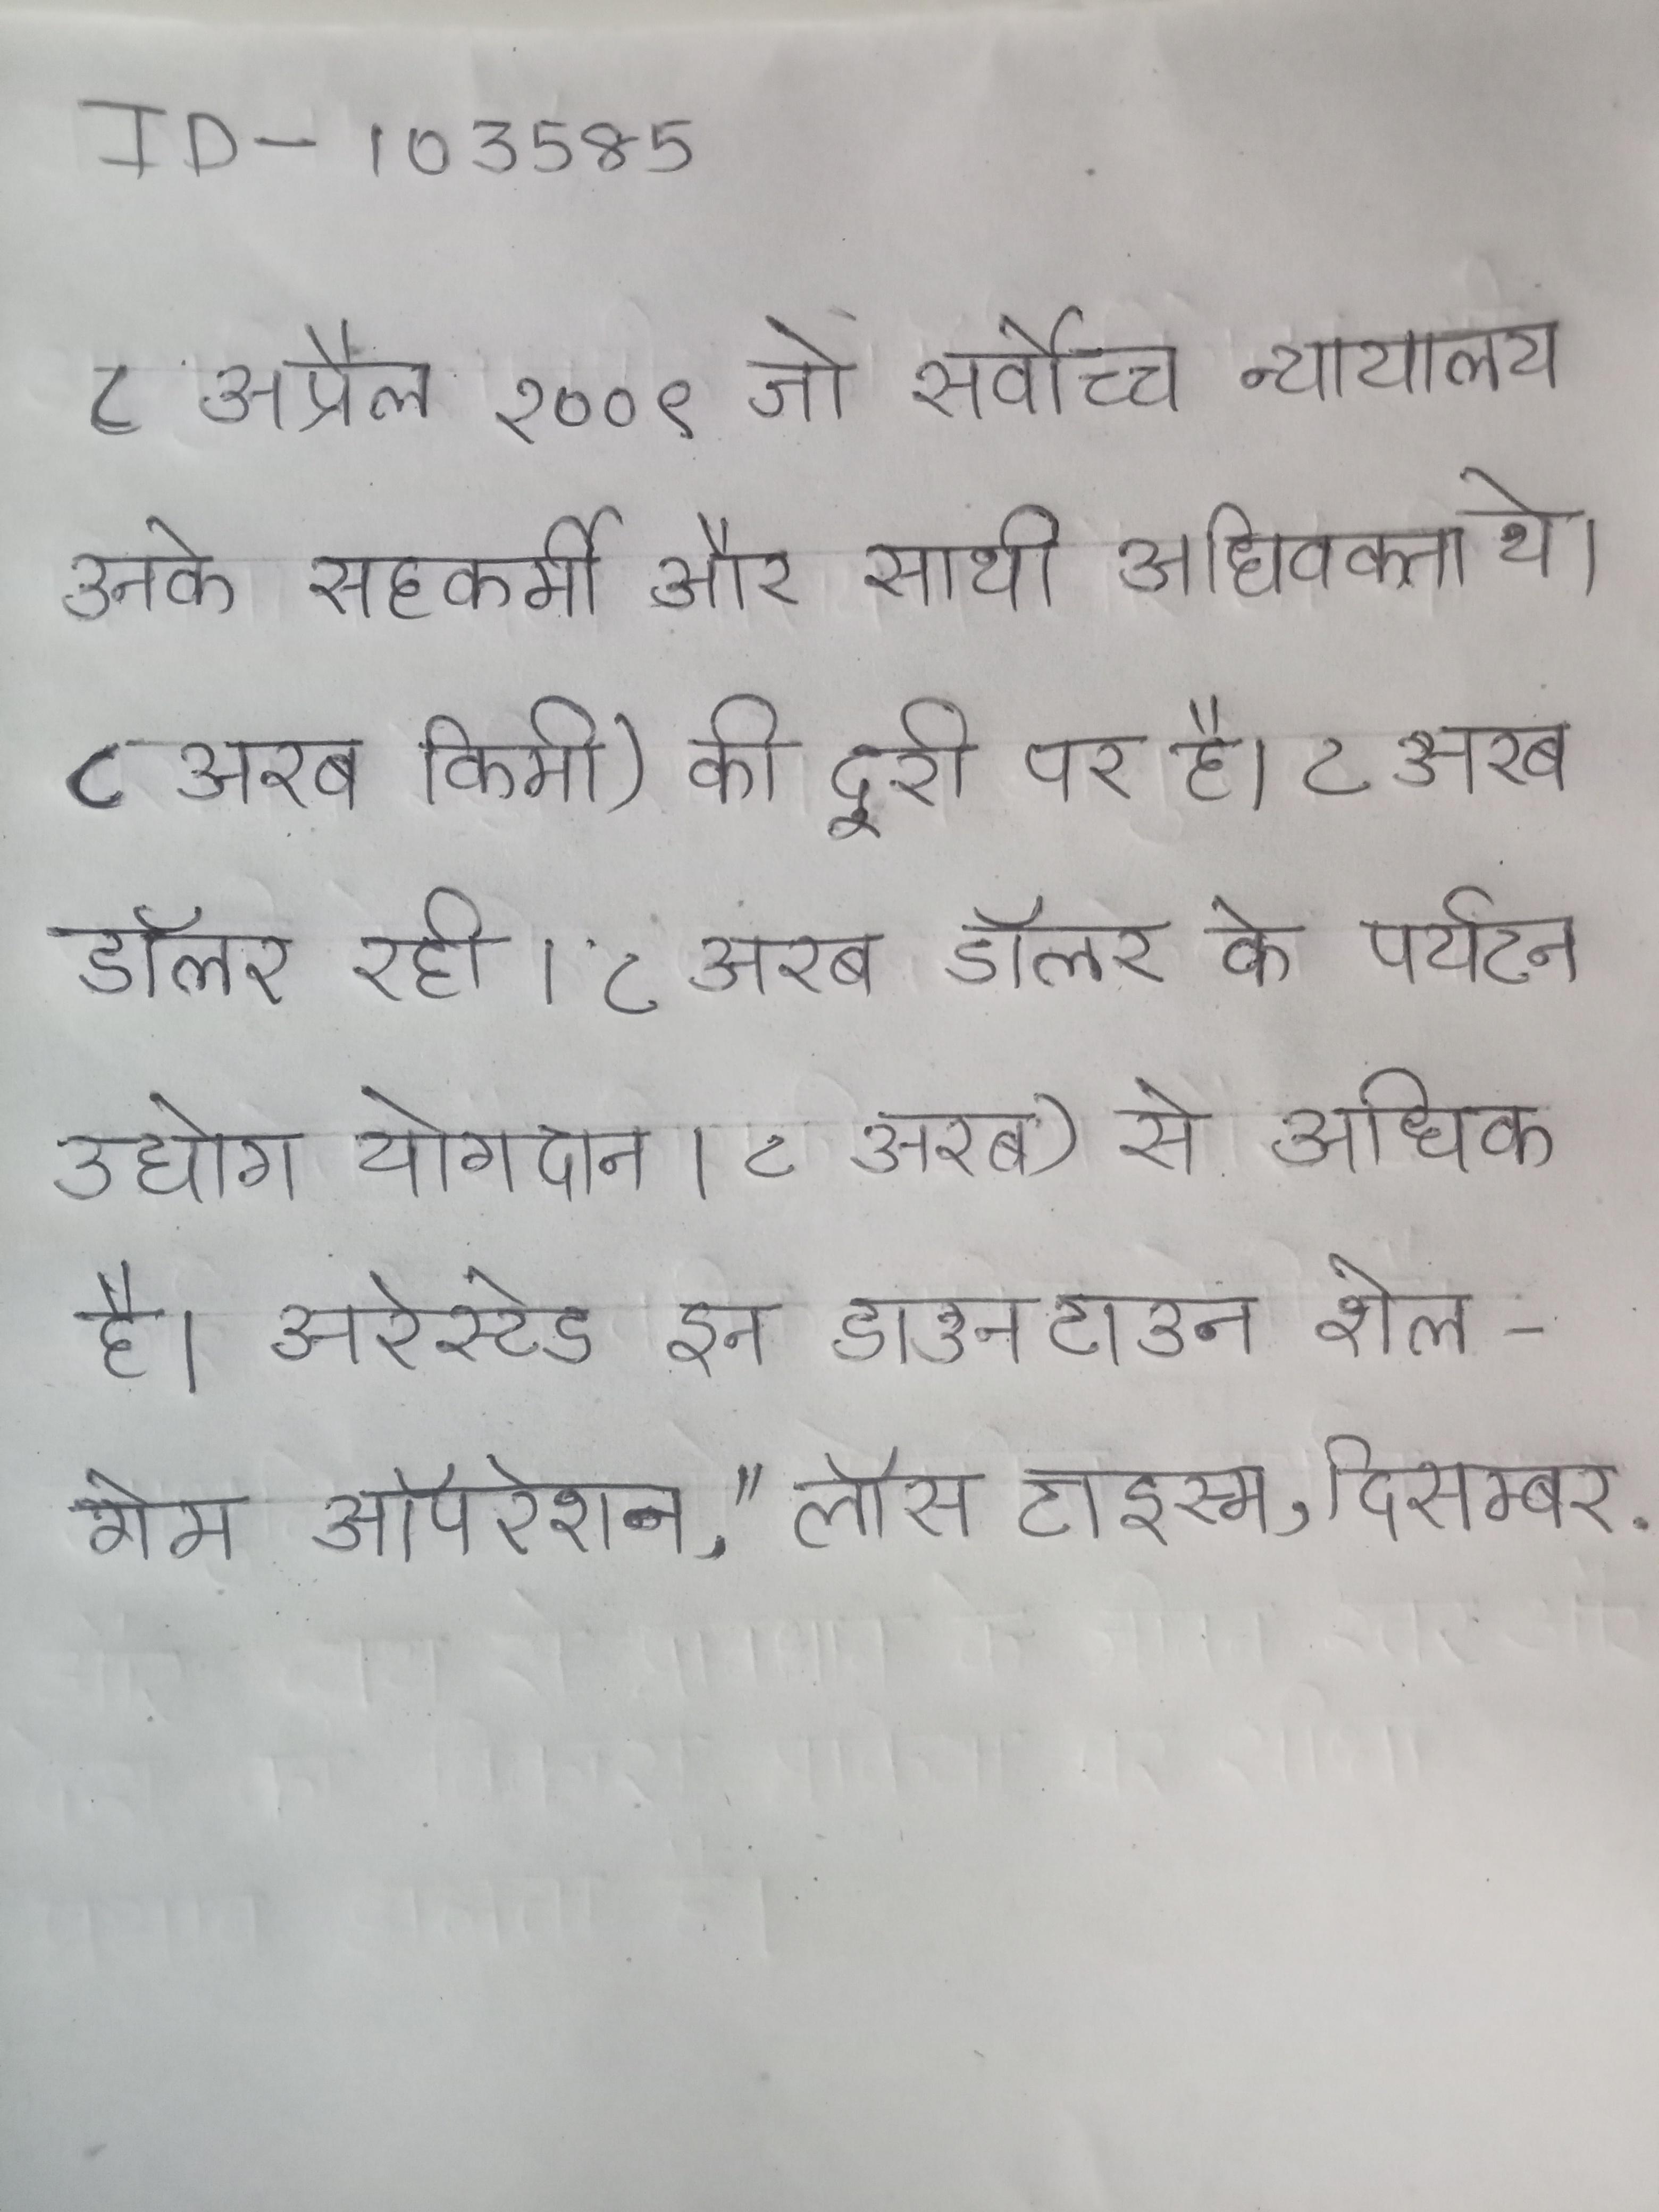
८ अप्रैल २००९ जो सर्वोच्च न्यायालय उनके सहकर्मी और साथी अधिवक्ता थे । ८ अरब किमी) की दूरी पर है । ८ अरब डॉलर के पर्यटन उद्योग योगदान । ८ अरब डॉलर रही । ८ अरब) से अधिक है । अरेस्टेड इन डाउनटाउन शेल-गेम ऑपरेशन," लॉस टाइम्स, दिसम्बर .